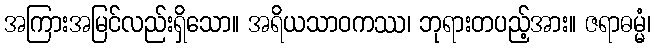
အကြားအမြင်လည်းရှိသော။ အရိယသာဝကဿ၊ ဘုရားတပည့်အား။ ဇရာဓမ္မံ၊